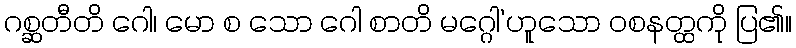
ဂစ္ဆတီတိ ဂေါ၊ မော စ သော ဂေါ စာတိ မဂ္ဂေါ’ဟူသော ဝစနတ္ထကို ပြ၏။